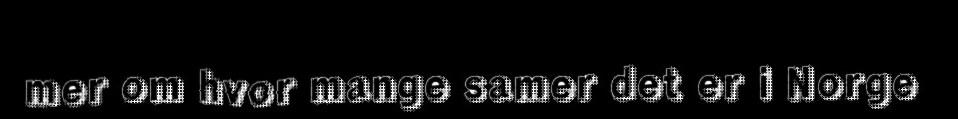
mer om hvor mange samer det er i Norge